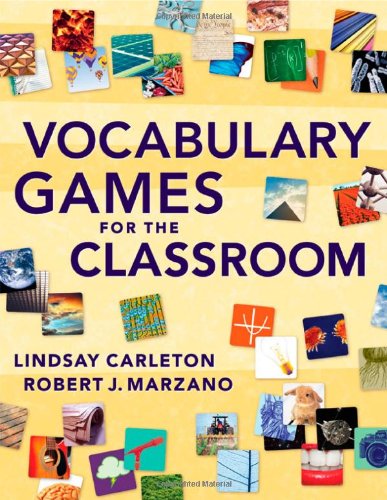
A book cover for Vocabulary Games for the Classroom; Robert J. Marzano; Reference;